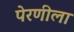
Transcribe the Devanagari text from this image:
पेरणीला